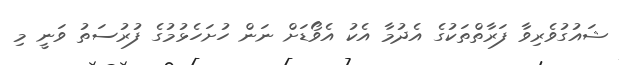
ޝައުގުވެރިވާ ފަރާތްތަކުގެ އެދުމާ އެކު އެވޯޑަށް ނަން ހުށަހެޅުމުގެ ފުރުސަތު ވަނީ މި